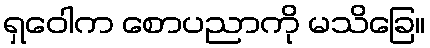
ရှဝေါက စောပညာကို မသိခြေ။